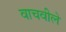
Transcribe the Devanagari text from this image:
वाचवीले